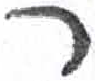
אות: ר